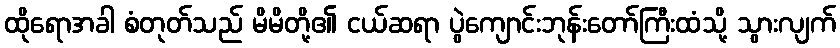
ထိုရောအခါ စံတုတ်သည် မိမိတို့၏ ငယ်ဆရာ ပွဲကျောင်းဘုန်းတော်ကြီးထံသို့ သွားလျက်